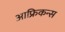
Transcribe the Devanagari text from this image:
आफ्रिकन्स